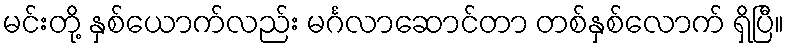
မင်းတို့ နှစ်ယောက်လည်း မင်္ဂလာဆောင်တာ တစ်နှစ်လောက် ရှိပြီ။